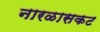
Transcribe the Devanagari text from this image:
नारळासकट